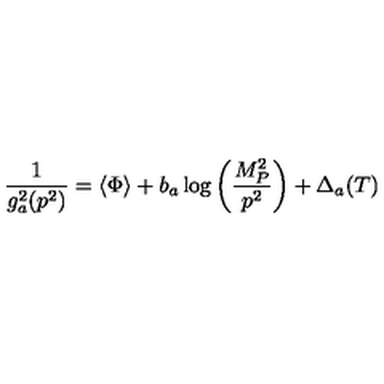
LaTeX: \frac { 1 } { g _ { a } ^ { 2 } ( p ^ { 2 } ) } = \langle \Phi \rangle + b _ { a } \log { \left( \frac { M _ { P } ^ { 2 } } { p ^ { 2 } } \right) } + \Delta _ { a } ( T )